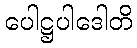
ပေါဋ္ဌပါဒေါတိ